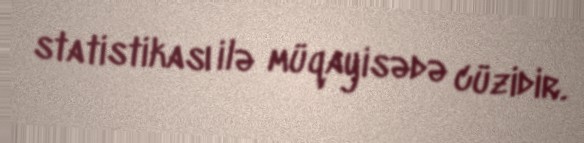
statistikası ilə müqayisədə cüzidir.